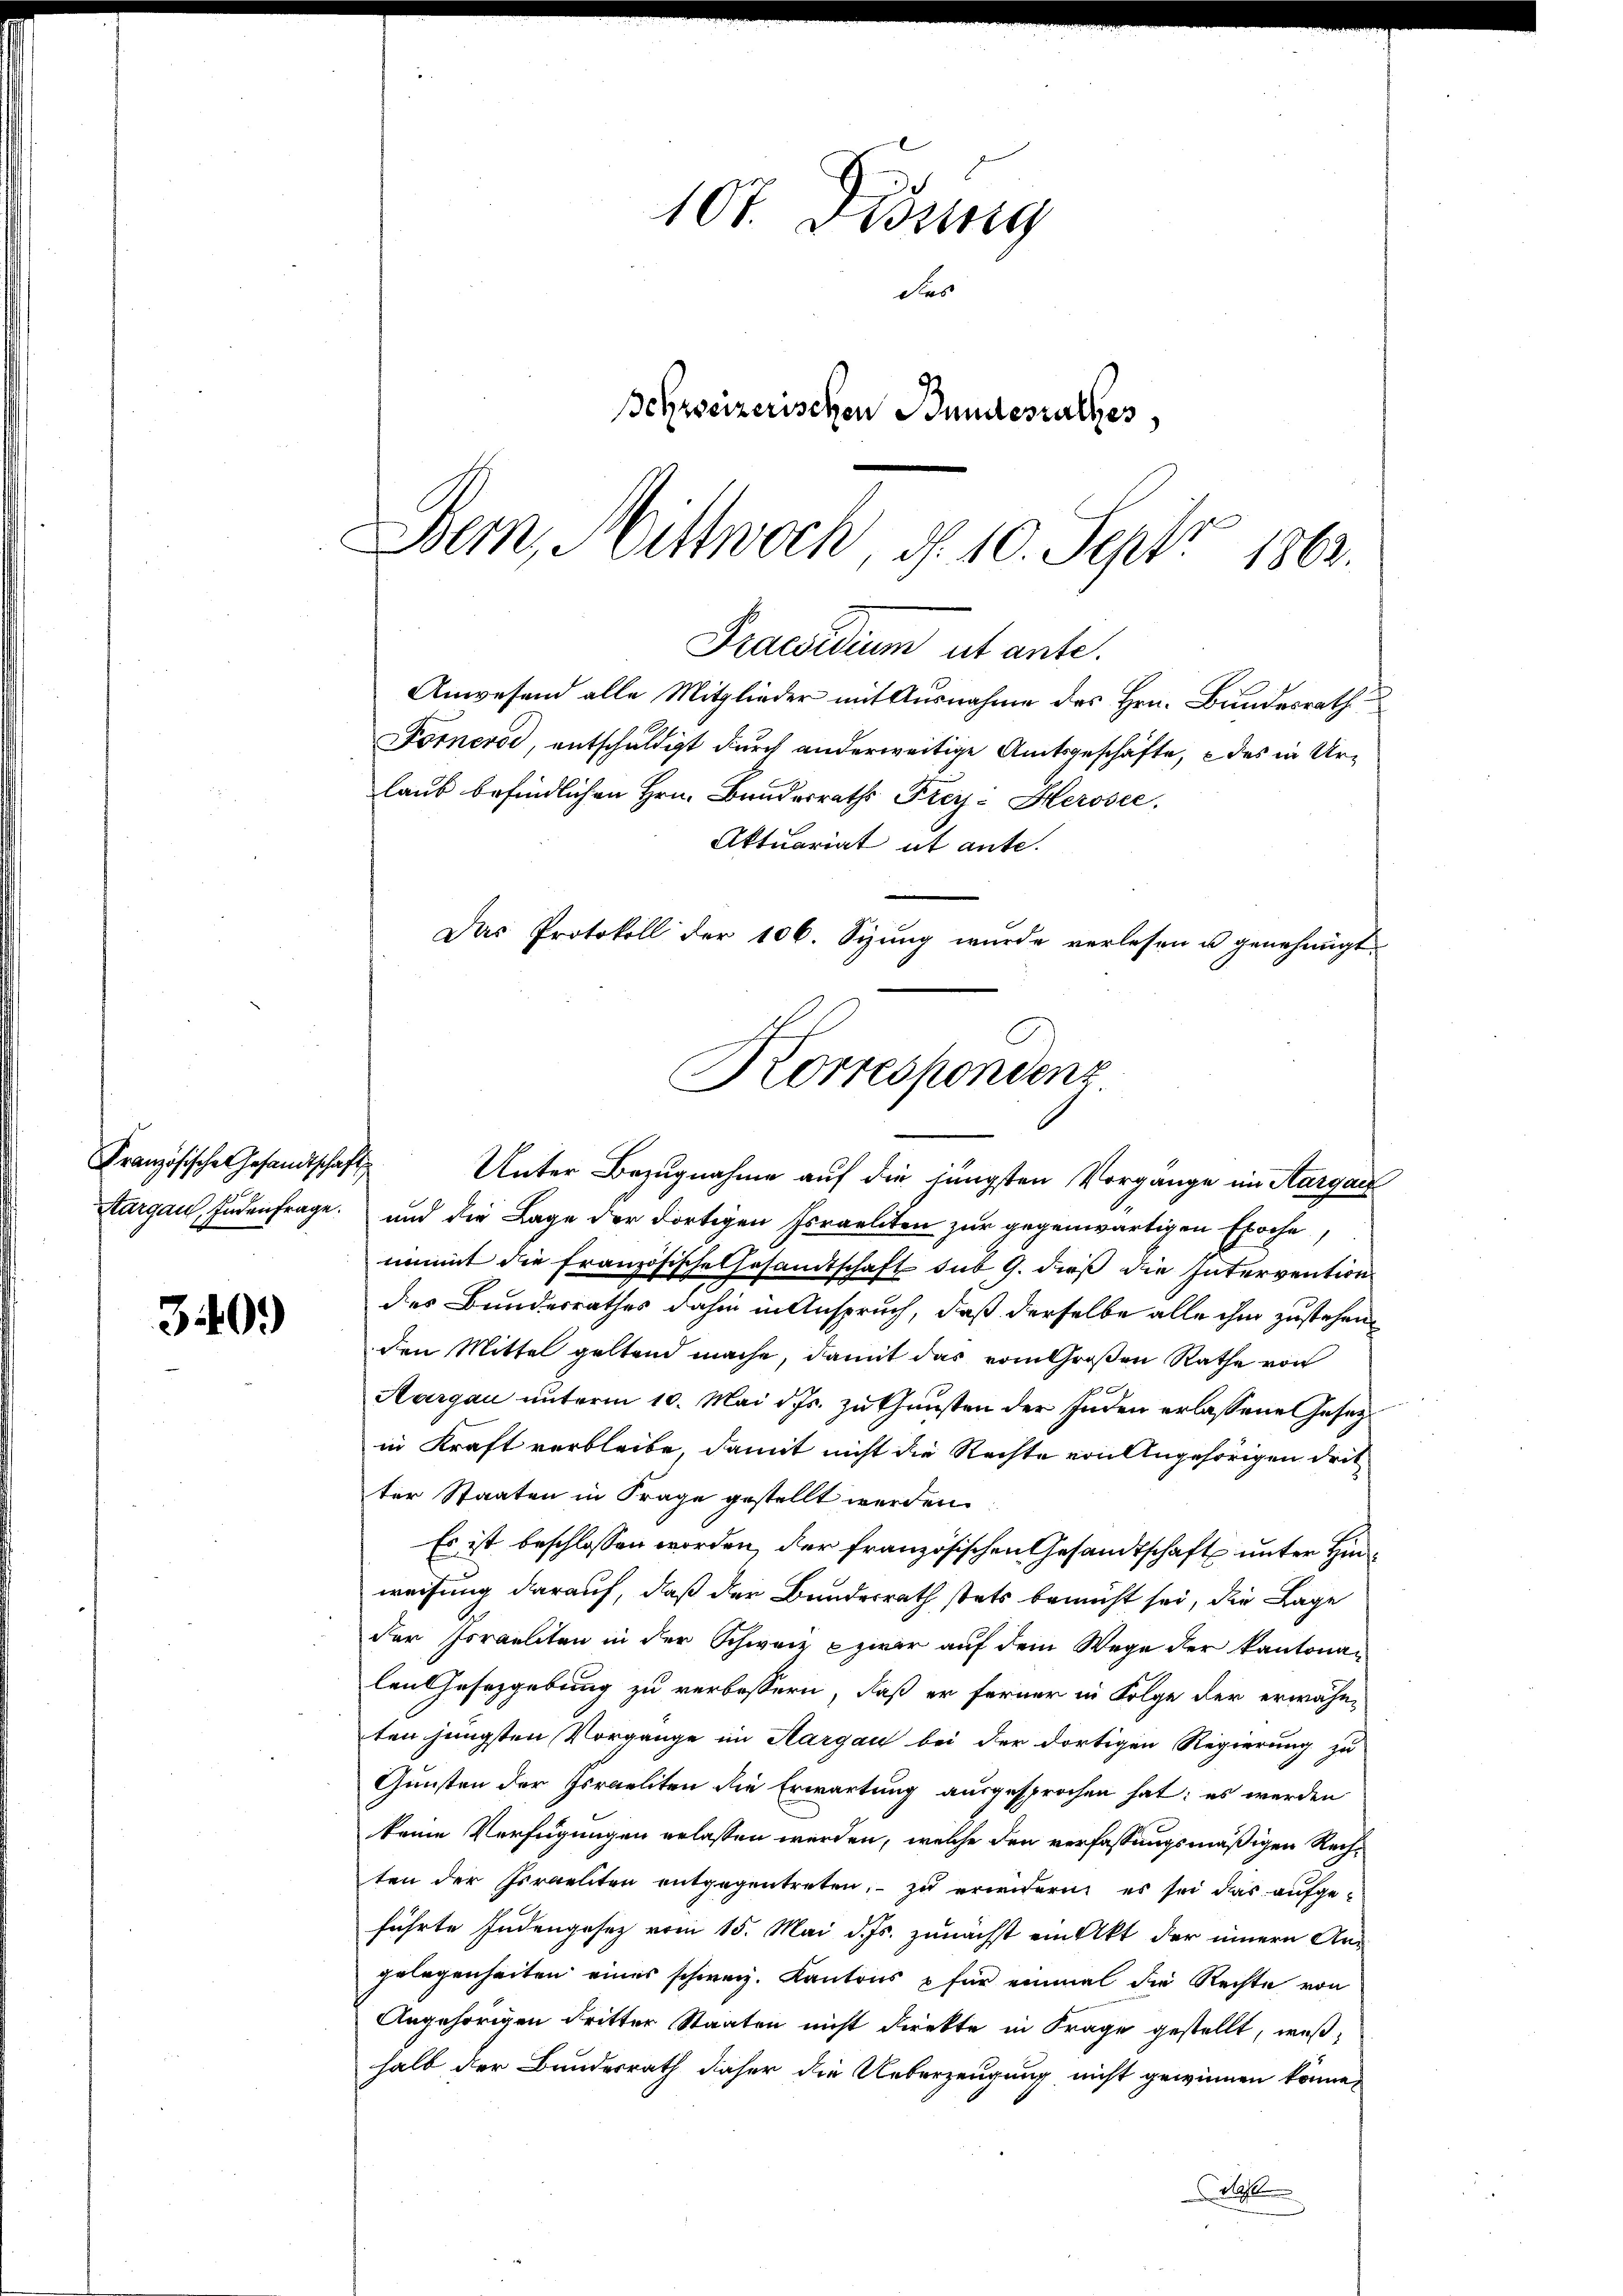
Französische Gesandtschaft
Sargau, Endenfrage.

340.

107. Disung
dies
schweizerischen Bundesrathes

Bern, Mittwoch, d. 10. Sept 1862.
Praudium ut ante.
Anwesend alle Mitglieder mit Ausnahme des Hrn. Bundesrath

Das Protokoll der 106. Sizung wurde verlesen u genehmigt
Korrespondenz

Förnerse, entschuldigt durch anderweitige Amtsgeschäfte, e des in Urlaub befindlichen Hrn. Bandesraths Frey-Herosec.
Aktuariat ut ante.
Unter Bezugnahme auf die jüngsten Vorgange im Aargau
und die Lage der dortigen Foraeliten zur gegenwärtigen Epoche,
nimmt die Französische Gesandtschaft sub 9. dieß die Intervention
des Bundesrathes dahin in Anspruch, daß derselbe alle ihm zustehen
den Mittel geltend mache, damit das vom Großen Rathe von
Aargau unterm 10. Mai d. Js. zu Gunsten der Inden erlassene Gesetzin Kraft verbleibe damit nicht die Rechte von Angehörigen drit
ter Staaten in Frage gestellt werden.
Es ist beschlossen worden, der französischen Gesandtschaft unter Hinweisung darauf, daß der Bundesrath stets bemüht sei, die Lage
der Israeliten in der Schweiz zwar auf dem Wege der kantonalen Gesetzgebung zu verbessern, daß er ferner in Folge der erwähn-
ten jüngsten Vorgange im Aargau bei der dortigen Regierung zu
Gunsten der Israeliten die Erwartung ausgesprochen hat; es werden
keine Verfügungen erlassen werden, welche den verfassungsmäßigen Rechten der Israeliten entgegentreten, zu erwidern, es sei das aufgeführte Judengesez vom 15. Mai d. Js. zunächst ein Akt der innern Angelegenheiten eines schweiz. Kantons für einmal die Rechte von
Angehörigen dritter Staaten nicht direkte in Frage gestellt, weßhalb der Bundesrath daher die Ueberzeugung nicht gewinnen könne,
Mahl